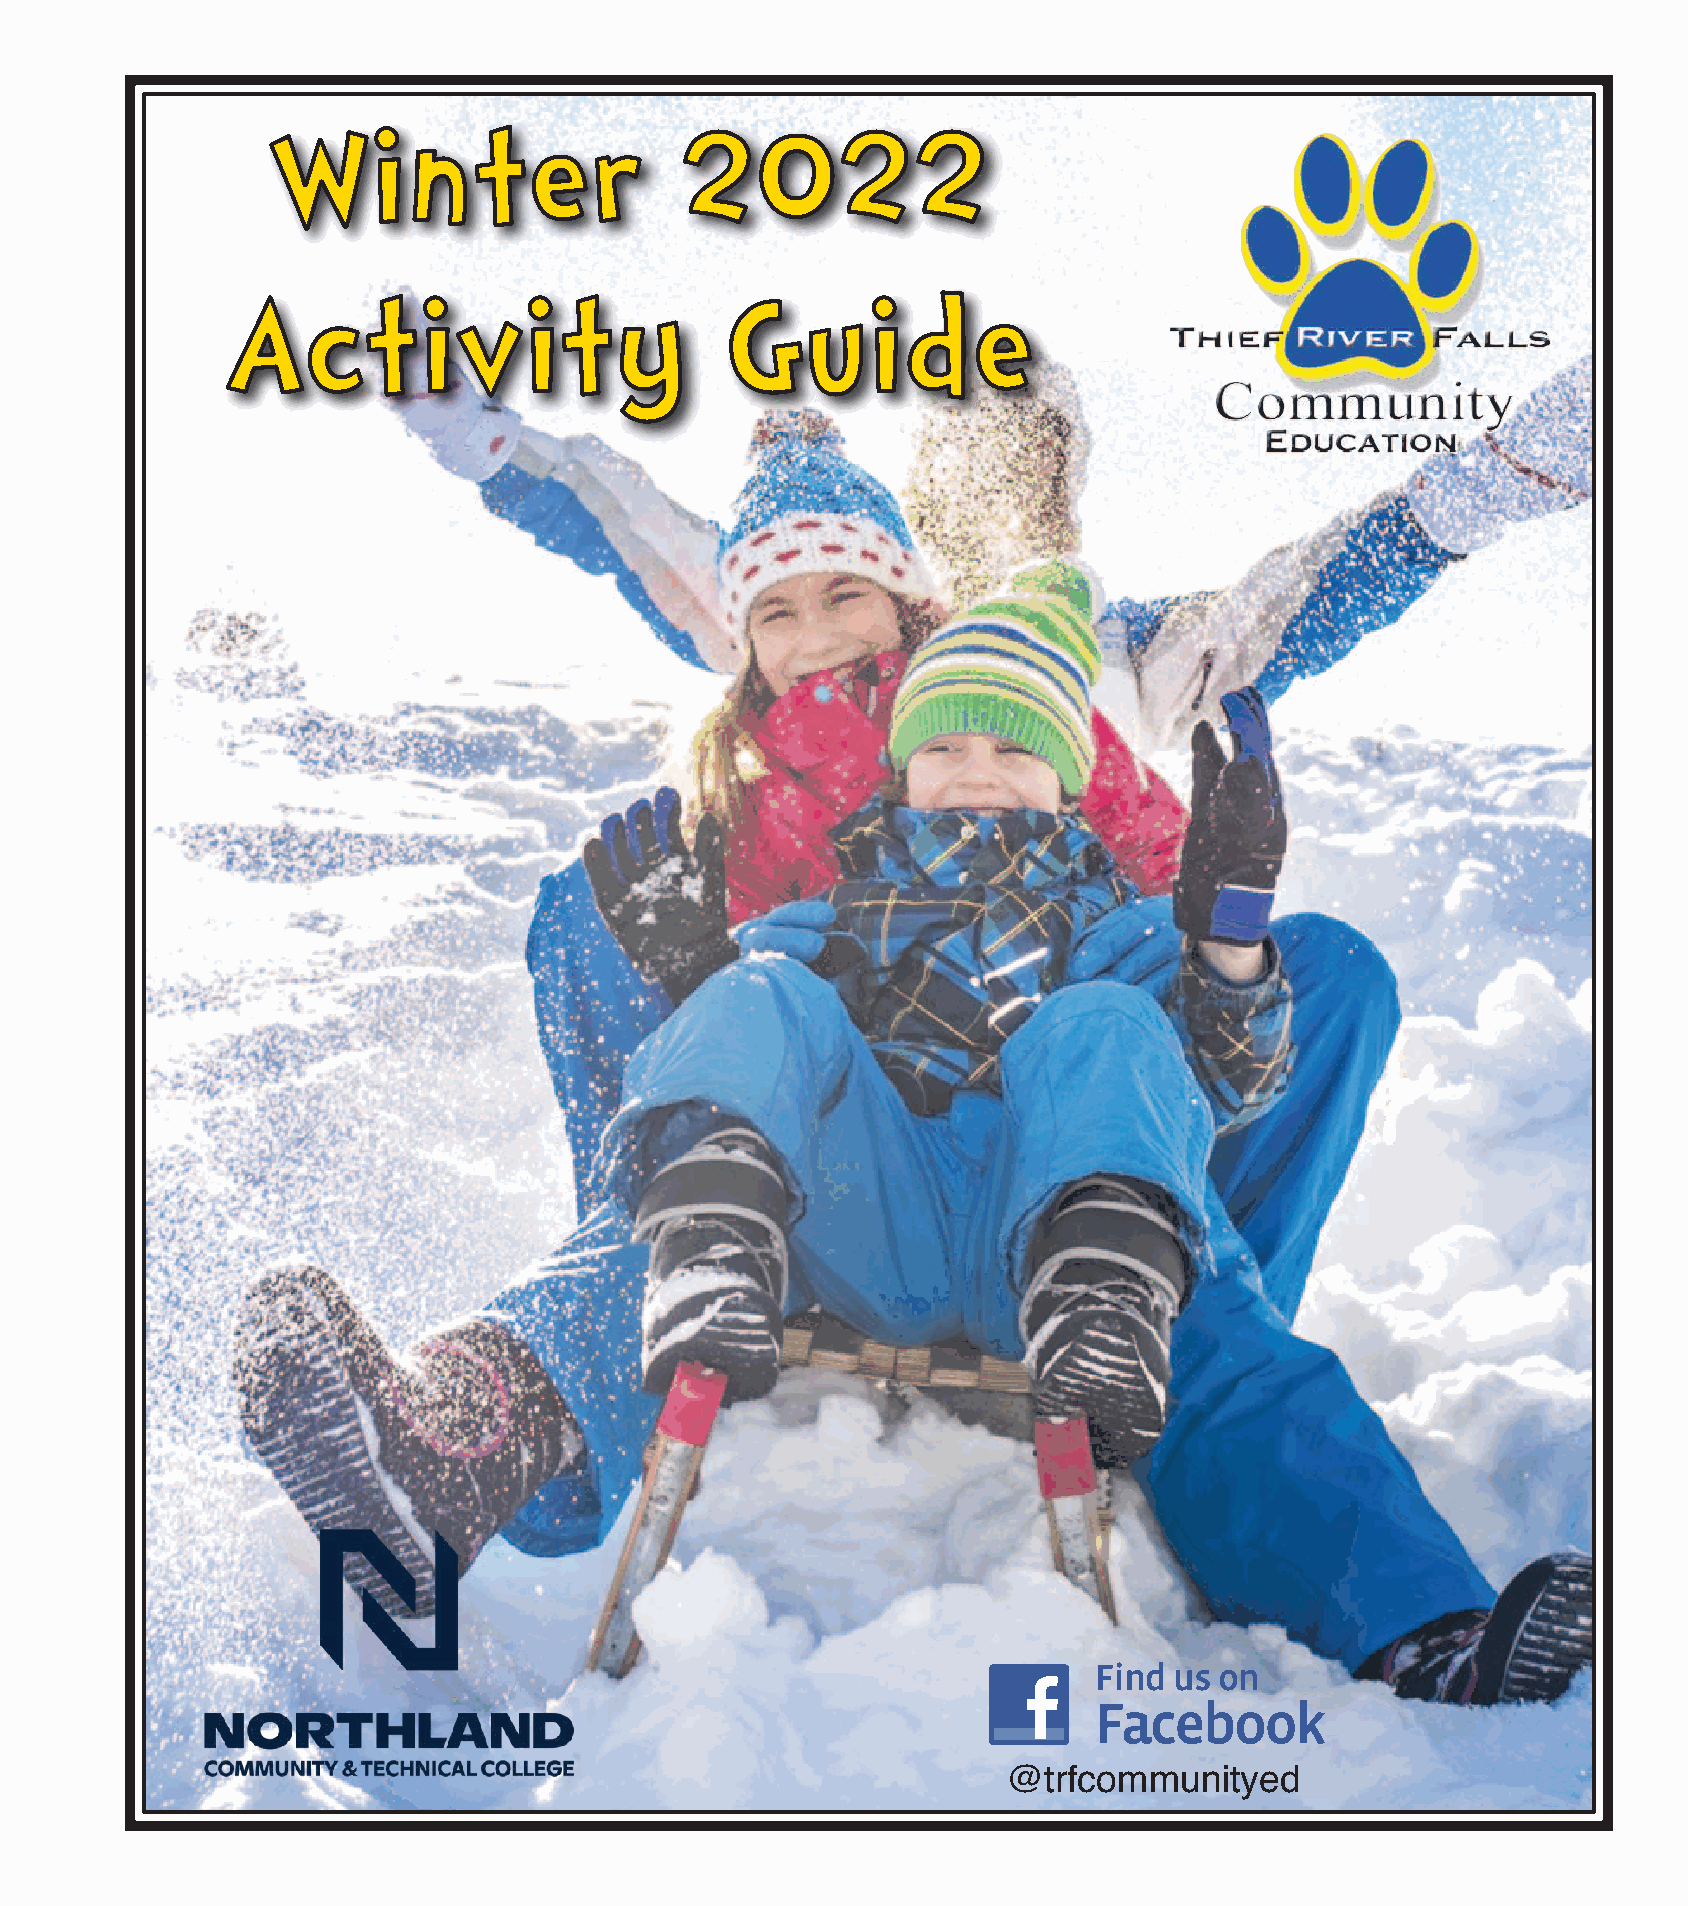
WWiinntteerr               22002222
 AAccttiivviittyy                 GGuuiiddee
 @trfcommunityed